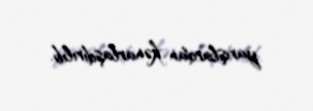
yarışlardan kənarlaşdırılıb.